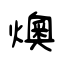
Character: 燠